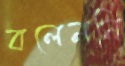
বলেননি